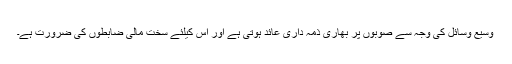
وسیع وسائل کی وجہ سے صوبوں پر بھاری ذمہ داری عائد ہوتی ہے اور اس کیلئے سخت مالی ضابطوں کی ضرورت ہے۔